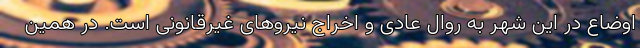
اوضاع در این شهر به روال عادی و اخراج نیروهای غیرقانونی است. در همین